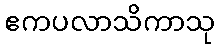
ဧကပလာသိကာသု